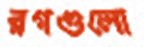
রগগুলো